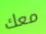
معك